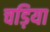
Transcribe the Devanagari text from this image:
चड़िया